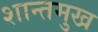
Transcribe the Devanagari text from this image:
शान्तमुख